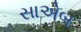
સાએબ